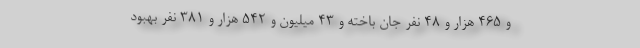
و 465 هزار و 48 نفر جان باخته و 43 میلیون و 542 هزار و 381 نفر بهبود